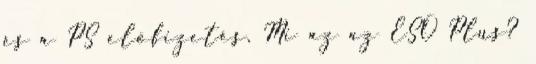
és a PS előfizetés. Mi az az ESO Plus?